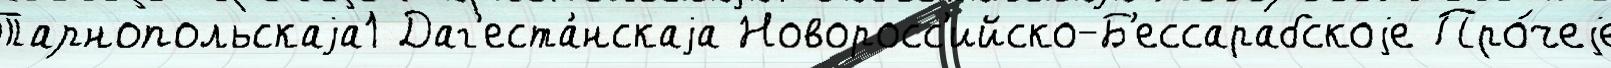
Тарнопольскаjа1 Даг'еста́нскаjа Новоросс'ийско-Б'ессарабскоjе Про́чеjе